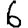
Digit: 6